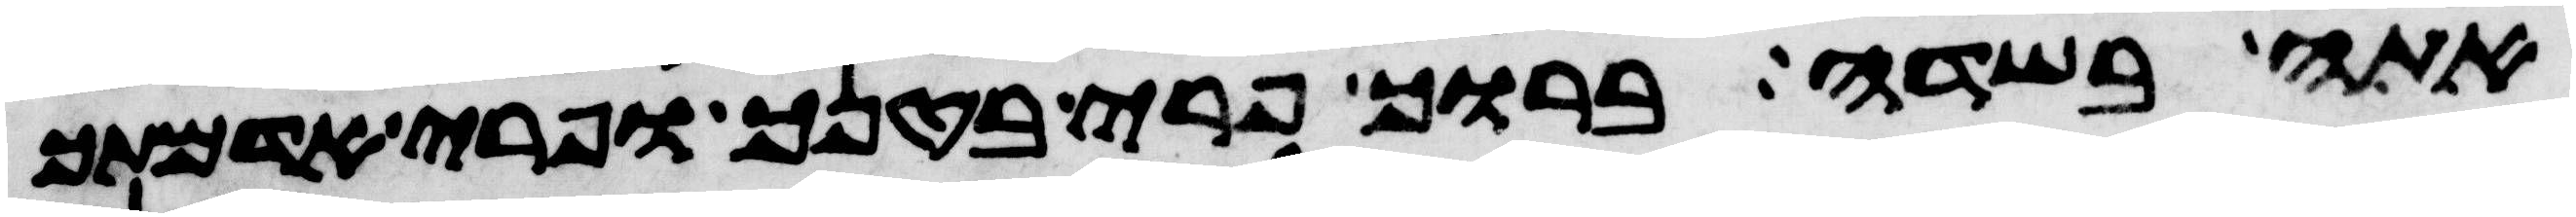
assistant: אתה בשדה ברוך פרי בטנך ופרי אדמתך